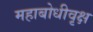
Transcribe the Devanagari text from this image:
महाबोधीवृक्ष